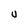
Character: U